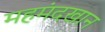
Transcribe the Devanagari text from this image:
महमंदखान